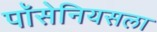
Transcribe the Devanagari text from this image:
पॉसेनियसला